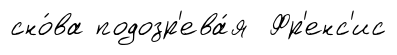
сно́ва подозр'ева́я Фр'енс'ис